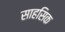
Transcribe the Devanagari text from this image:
साहसिक